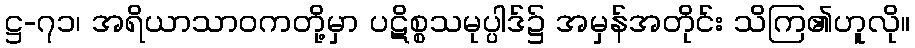
ဋ္ဌ-၇၁၊ အရိယာသာဝကတို့မှာ ပဋိစ္စသမုပ္ပါဒ်၌ အမှန်အတိုင်း သိကြ၏ဟူလို။